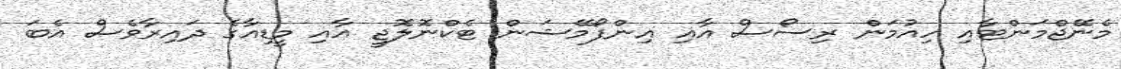
މެނޭޖްމަންޓާއި ހިއުމަން ރިސޯސް އާއި އިންފޯމޭޝަން ޓެކްނޮލޮޖީ އާއި މީޑިއާގެ ދައިރާވެސް އެބަ